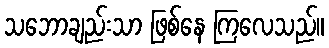
သဘောချည်းသာ ဖြစ်နေ ကြလေသည်။